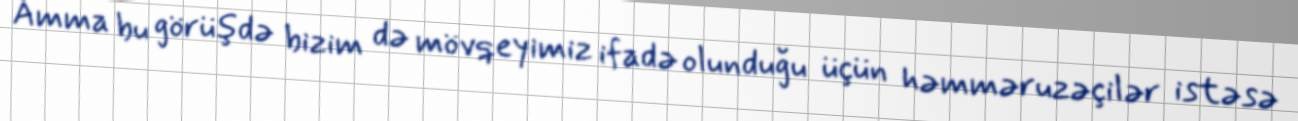
Amma bu görüşdə bizim də mövqeyimiz ifadə olunduğu üçün həmməruzəçilər istəsə